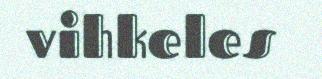
vihkeles